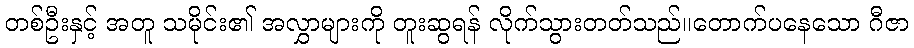
တစ်ဦးနှင့် အတူ သမိုင်း၏ အလွှာများကို တူးဆွရန် လိုက်သွားတတ်သည်။တောက်ပနေသော ဂီဇာ